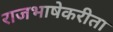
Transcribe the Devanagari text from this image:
राजभाषेकरीता